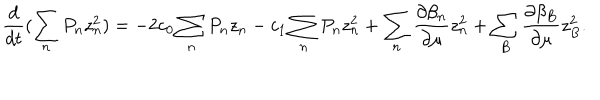
\frac { d } { d t } ( \sum _ { n } P _ { n } z _ { n } ^ { 2 } ) = - 2 c _ { 0 } \sum _ { n } P _ { n } z _ { n } - c _ { 1 } \sum _ { n } P _ { n } z _ { n } ^ { 2 } + \sum _ { n } \frac { \partial \beta _ { n } } { \partial \mu } z _ { n } ^ { 2 } + \sum _ { B } \frac { \partial \beta _ { B } } { \partial \mu } z _ { B } ^ { 2 } .